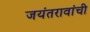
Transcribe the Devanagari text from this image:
जयंतरावांची